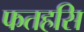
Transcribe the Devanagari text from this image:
फतहसि